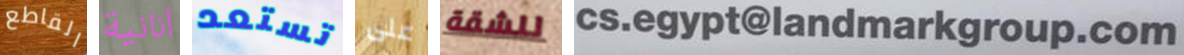
القاطع أنانية تستعد على للشقة cs.egypt@landmarkgroup.com